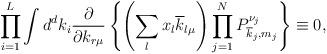
LaTeX: \begin{align*}\prod_{i=1}^{L} \int d^dk_i\frac{\partial }{\partial k_{r\mu}} \left\{\left( \sum_l x_l \overline{k}_{l\mu} \right)\prod^{N}_{j=1}P^{\nu_j}_{\overline{k}_j,m_j} \right\} \equiv 0,\end{align*}